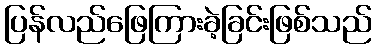
ပြန်လည်ဖြေကြားခဲ့ခြင်းဖြစ်သည်